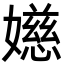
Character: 嬨